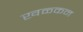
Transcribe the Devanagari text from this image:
खळ्कन